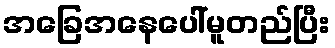
အခြေအနေပေါ်မူတည်ပြီး